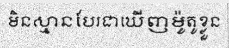
មិនស្មានបែរជាឃើញម៉ូតូខ្លួន